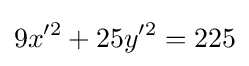
9x'^{2}+25y'^{2}=225